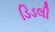
ડિડલી